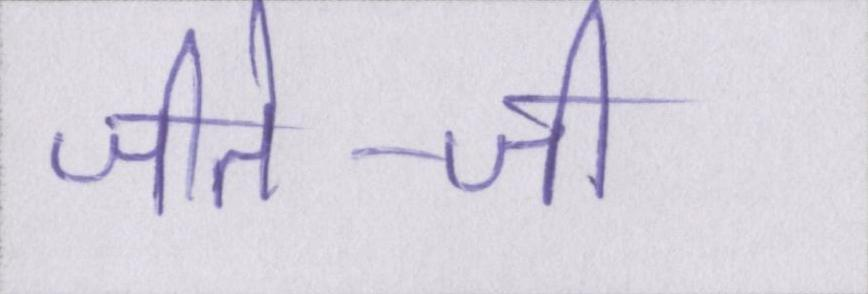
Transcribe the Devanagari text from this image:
जीते-जी